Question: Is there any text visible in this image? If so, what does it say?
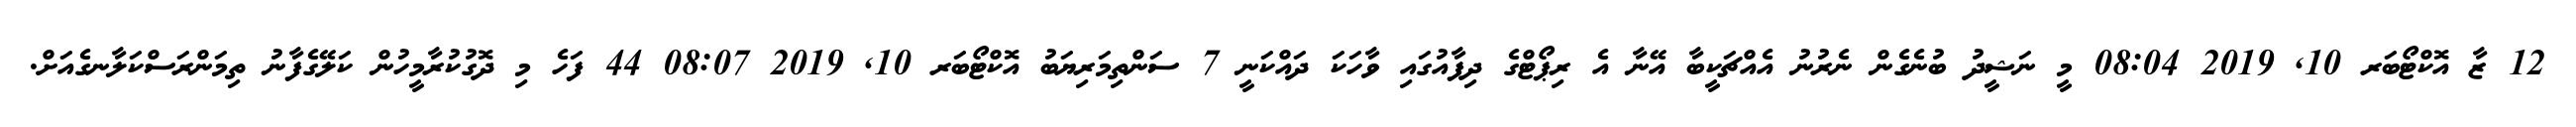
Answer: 12 ޒާ އޮކްޓޯބަރ 10, 2019 08:04 މީ ނަޝީދު ބުނެގެން ނެރުނު އެއްޗަކީބާ އޭނާ އެ ރިޕޯޓްގެ ދިފާއުގައި ވާހަކަ ދައްކަނީ 7 ސަންތިމަރިޔަބު އޮކްޓޯބަރ 10, 2019 08:07 44 ފަހެ މި ދޮގުކުރާމީހުން ކަލޭގެފާނު ތިމަންރަސްކަލާނގެއަށް.